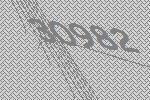
30982